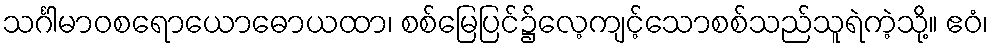
သင်္ဂါမာဝစရောယောဓောယထာ၊ စစ်မြေပြင်၌လေ့ကျင့်သောစစ်သည်သူရဲကဲ့သို့။ ဧဝံ၊